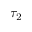
\tau _ { 2 }